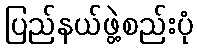
ပြည်နယ်ဖွဲ့စည်းပုံ